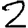
Digit: 2